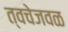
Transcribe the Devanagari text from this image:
त्वचेजवळ